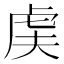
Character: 𬟨